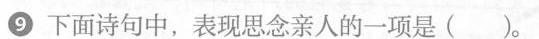
下面诗句中，表现思念亲人的一项是(